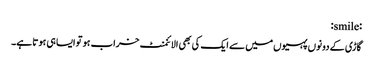
:smile:
گاڑی کے دونوں پہیوں‌میں سے ایک کی بھی الائنمنٹ خراب ہو تو ایسا ہی ہوتا ہے۔